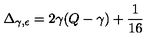
\Delta _ { \gamma , \epsilon } = 2 \gamma ( Q - \gamma ) + \frac { 1 } { 1 6 }